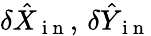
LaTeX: \delta\hat{X}_{\mathrm{~i~n~}},\, \delta\hat{Y}_{\mathrm{~i~n~}}